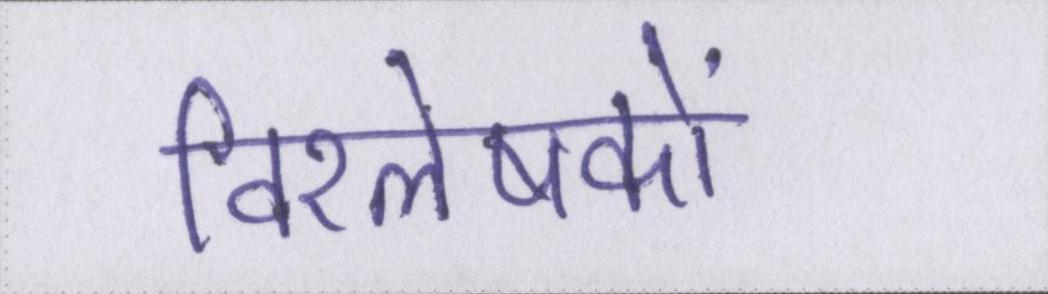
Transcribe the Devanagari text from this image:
विश्लेषकों